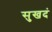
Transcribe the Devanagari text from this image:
सुखदं